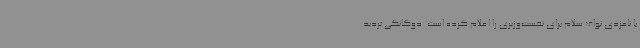
با نامزدی نواف سلام برای نخست‌وزیری را اعلام کرده است. دوگانگی تردید